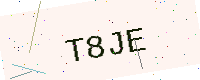
Text: T8JE